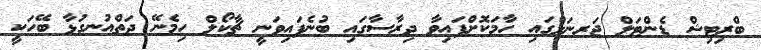
ބްރިޓިޝް ޑެންޓަލް ޖަރނަލްގައި ހާމަކޮށްފައިވާ ދިރާސާގައި ބުނެފައިވަނީ ޗާކޯލް ހިމެނޭ ދަތްއުނގުޅާ ބޭހަކީ